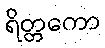
ရိတ္တကော